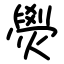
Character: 燢